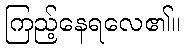
ကြည့်နေရလေ၏။